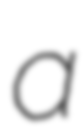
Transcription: a